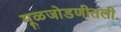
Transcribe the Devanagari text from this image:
मूळजोडणीतली